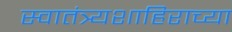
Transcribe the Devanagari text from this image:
स्वातंत्र्यशाहिराच्या